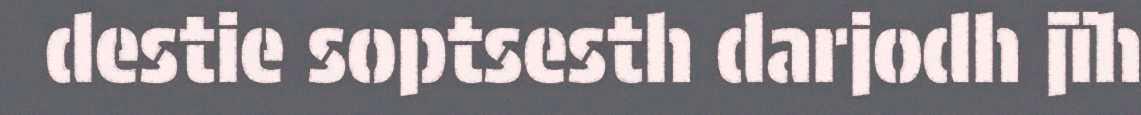
destie soptsesth darjodh jïh